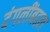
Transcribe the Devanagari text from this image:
दंगलींबद्दल